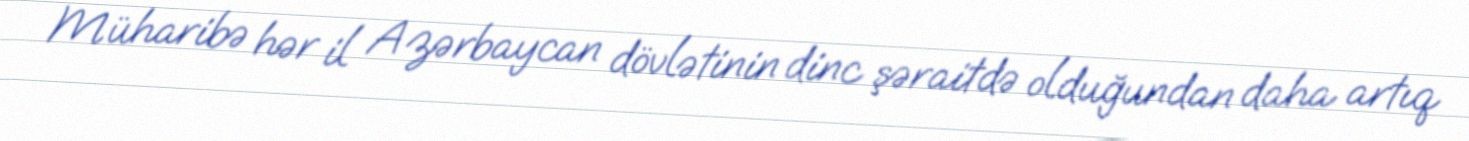
Müharibə hər il Azərbaycan dövlətinin dinc şəraitdə olduğundan daha artıq